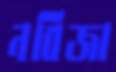
নবিজা